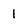
Character: 1